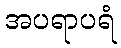
အပရာပရံ